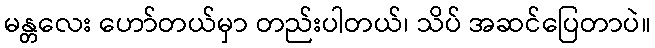
မန္တလေး ဟော်တယ်မှာ တည်းပါတယ်၊ သိပ် အဆင်ပြေတာပဲ။